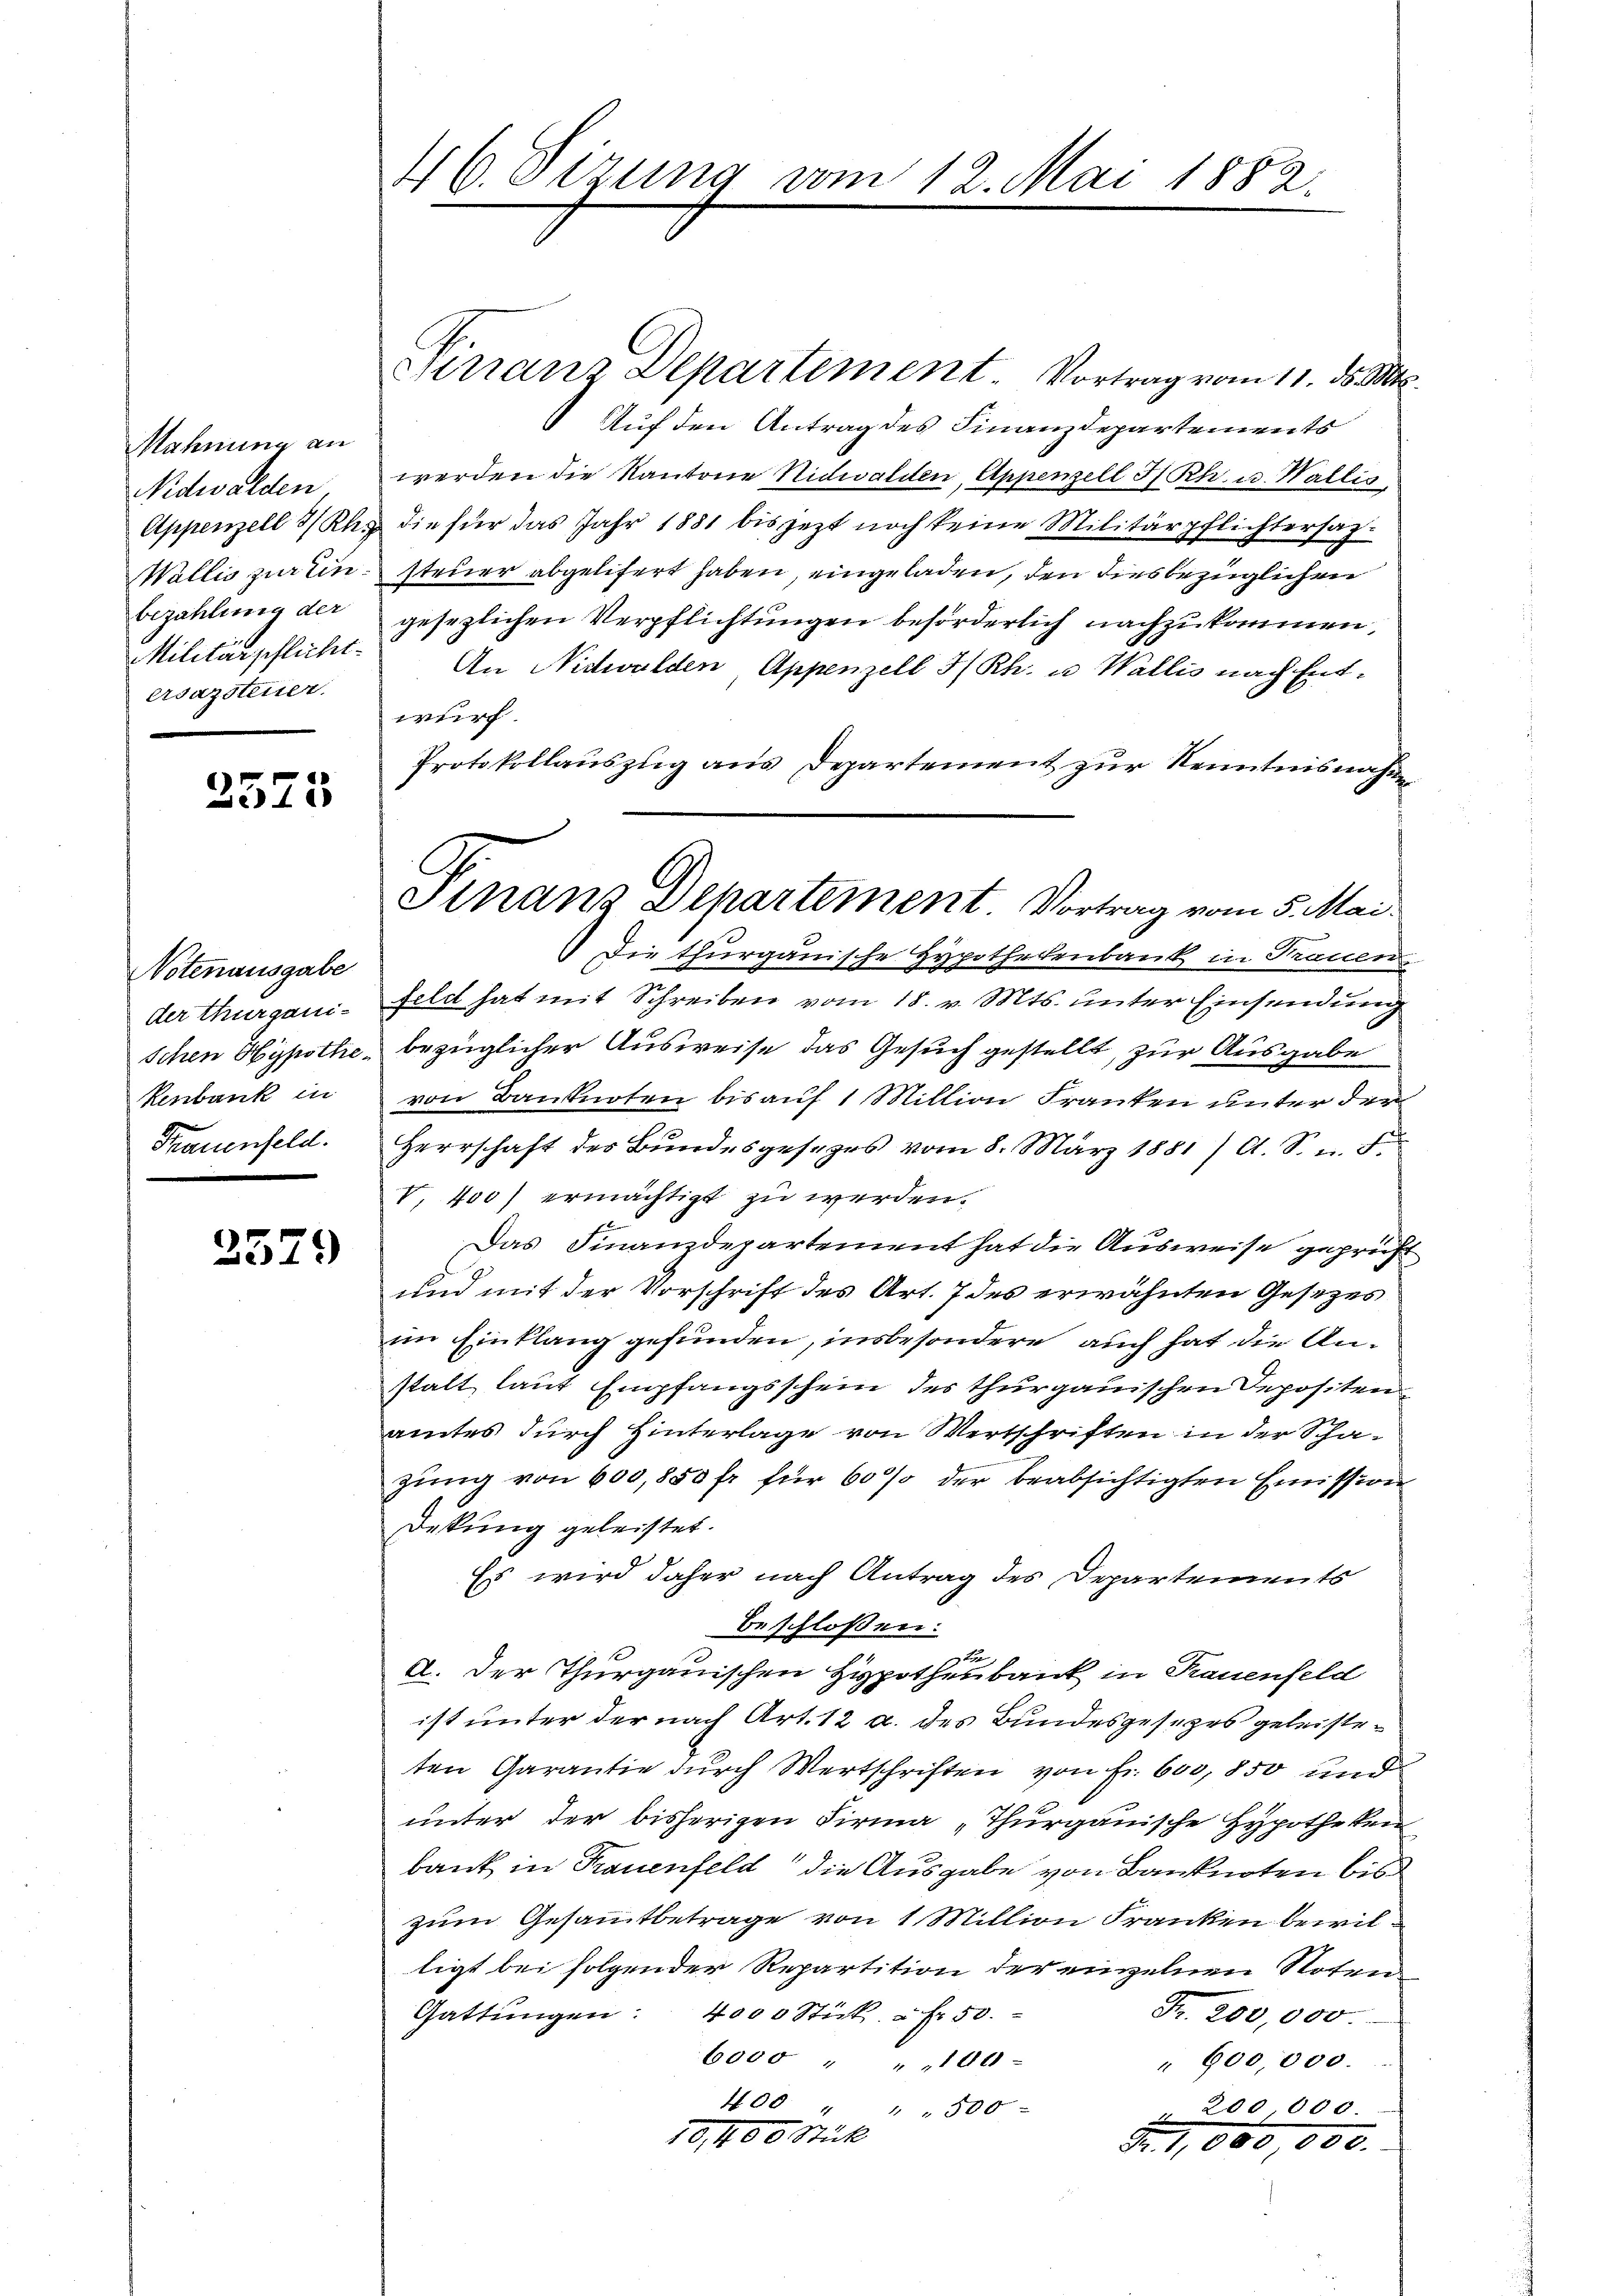
Mahnung an
Nidwalden,
Appenzell I/Rh.
Wallis zur Einbezahlung der
Militärpflicht.
ersazsteuer.

2575

Notenausgabe
der thurgani-
Schen Hypothe
Renbank in
Frauenfeld.

2579

46. Sirung

Cirranz Departement. Vortrag vom 11. ds. Mts.
Auf den Antrag des Finanzdepartements
werden die Kantone Nidwalden, Appenzell I/Rh. u. Wallis,
die für das Jahr 1881 bis jetzt noch keine Militärpflichtersagsteuer abgelitert haben eingeladen, den diesbezüglichen
gesezlichen Verpflichtungen beförderlich nachzukommen,
An Nidwalden, Appenzell I/Rh. u. Wallis nach Entwurf
Protokollauszug aus Departement zur Kenntnisnahme
Die thurgauische Hypothekenbank in Trauen
feldt hat mit Schreiben vom 18. v. Mts. unter Einsendung
bezüglicher Ausweise das Gesuch gestellt, zur Ausgabe
von Banknoten bis auf 1 Million Franken unter der
Herrschaft des Bundesgesezes vom 8. März 1881/ A. S. n. F
V. 400) ermächtigt zu werden.
Das Finanzdepartement hat die Ausweise geprüft
und mit der Vorschrift des Art. 7 des erwähnten Gesezes
im Einklang gefunden, insbesondere auch hat die Anstalt laut Empfangsschein des thurgauischen Depositen
amtes durch Hinterlage von Wertschriften in der Schazung von 600,850 fr für 60% der beabsichtigten Emission
Dekung geleistet.
Es wird daher nach Antrag des Departements
beschloßen:
A. Der Thurgauischen Hypothenbank in Trauenfeld
ist unter der nach Art. 12 a. des Bundesgesezes geleisteten Garantie dŭrch Wertschriften von Fr. 600,850 und
unter der bisherigen Firma „Thurgauische Hypotheken
bank in Trauenfeld die Ausgabe von Banknoten bis
zum Gesammtbetrage von 1 Million Franken bewil
ligt bei folgender Repartition der einzelnen Noten.
Gattŭngen: 4000 Stick à Fr. 50.
Fr. 200,000
6000 " " 106)
" 600,000.
400 " " " 500
 200,000.
10, 400 Stück
Fr. 1,000 000.

12. Mai 1882.

Finanz Departement Vortrag vom 5. Mai